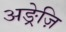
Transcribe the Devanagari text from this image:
अङ्रेज़ि